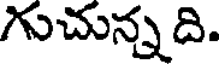
గుచున్నది.